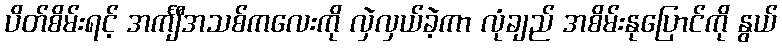
ပိတ်စိမ်းရင့် အင်္ကျီအသစ်ကလေးကို လှဲလှယ်ခဲ့ကာ လုံချည် အစိမ်းနုပြောင်ကို နွယ်